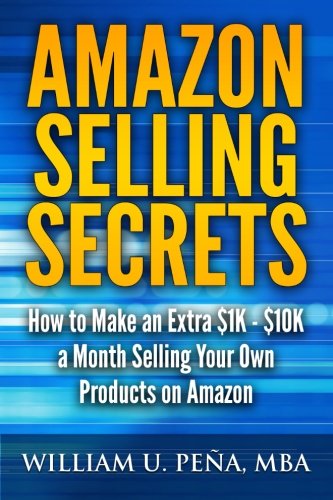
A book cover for Amazon Selling Secrets: How to Make an Extra $1K - $10K a Month Selling Your Own Products on Amazon; William U. PeÃ±a; Business & Money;